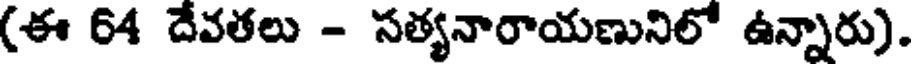
(ఈ 64 దేవతలు - సత్యనారాయణునిలో ఉన్నారు).